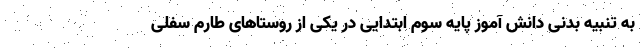
به تنبیه بدنی دانش آموز پایه سوم ابتدایی در یکی از روستاهای طارم سفلی